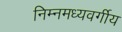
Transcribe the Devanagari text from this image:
निम्नमध्यवर्गीय